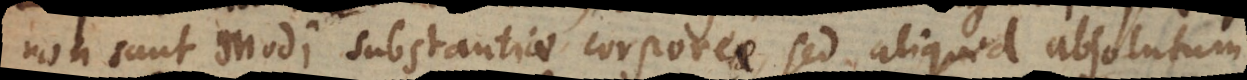
non sunt modi substantiae corporeae sed aliquid absolutum